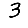
Digit: 3